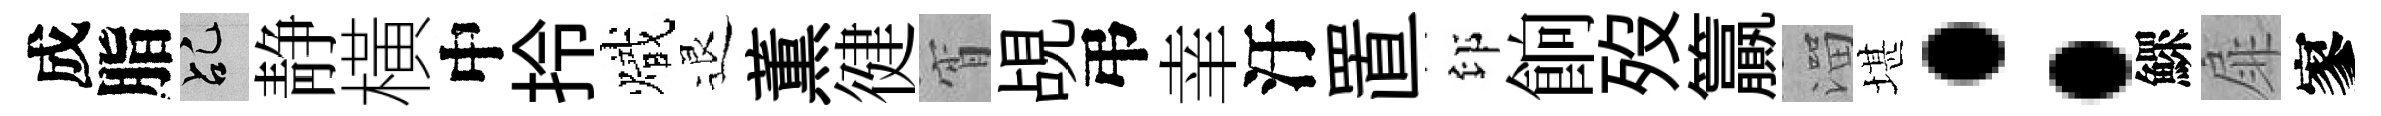
成脂乩静橫中拎熾退薫徤宵覘弔𦍒汙置印餉歿籯溜堪：鰥扉寥